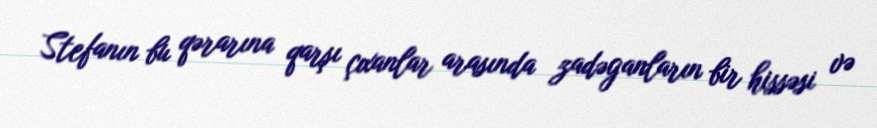
Stefanın bu qərarına qarşı çıxanlar arasında zadəganların bir hissəsi və